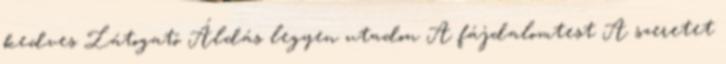
kedves Látogató Áldás legyen utadon A fájdalomtest A szeretet